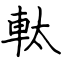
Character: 軚